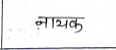
मजकूर: नायक